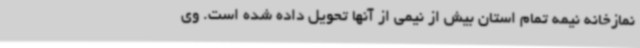
نمازخانه نیمه تمام استان بیش از نیمی از آنها تحویل داده شده است. وی